Sanitation, dispensaries and jails vaccination Rajputana 1922-1927 - 1922-1927
Year: 1922
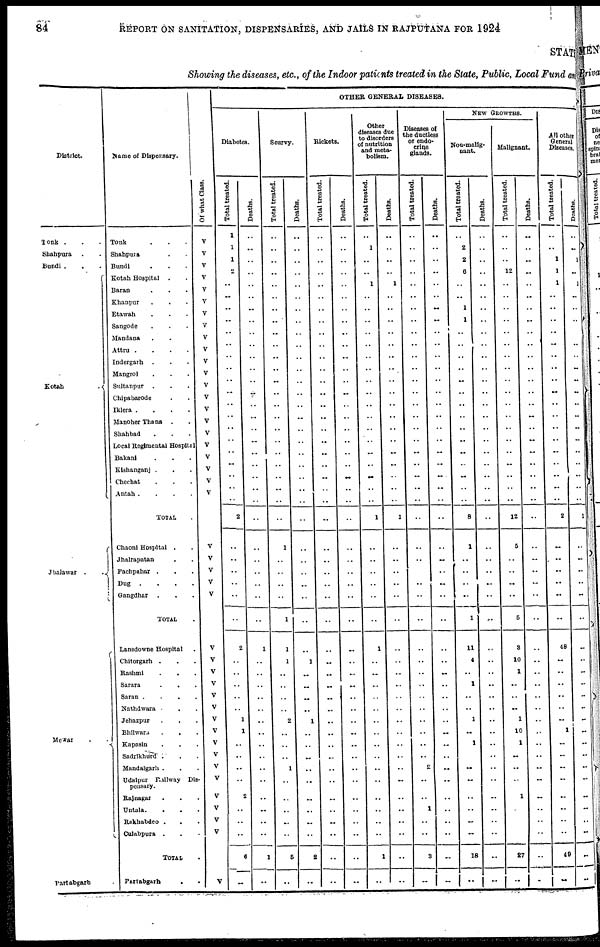
84
REPORT ON SANITATION, DISPENSARIES, AND JAILS IN RAJPUTANA FOR 1924
STATE
Showing the diseases, etc., of the Indoor patients treated in the State, Public, Local Fund and
District.
Tonk ...
Shahpura ..
Bundi ...
Kotah
.
Jhalawar
..
Mewar
..
Partabgarh .
Name of Dispensary.
Tonk ...
Shahpura ...
Bundi ...
Kotah Hospital ...
Baran ...
Khanpur ...
Etawah ...
Sangode ...
Mandana ...
Attru
.
.
.
.
Indergarh ...
Mangrol ...
Sultanpur ...
Chipabarode ...
Iklera
.
.
.
.
Manoher Thana ...
Shahbad ...
Local Regimental Hospital
Bakani ...
Kishanganj ...
Chechat ...
Antah
.
.
.
.
TOTAL.
Chaoni Hospital ...
Jhalrapatan ...
Pachpahar ...
Dug
.
.
.
.
Gangdhar ...
TOTAL .
Lansdowne Hospital ..
Chitorgarh ...
Rashmi ...
Sarara
...
Saran
.
.
.
.
Nathdwara ...
Jehazpur
..
Bhilwara
...
Kapasin ...
Sadrikhurd...
Mandalgarh ...
Udaipur Rallway Dis-
pensary.
Rajnagar ...
Untala. ...
Rakhabdeo ...
Culabpura ...
TOTAL .
Partabgarh
..
Of what Class.
V
V
V
V
V
V
V
V
V
V
V
V
V
V
V
V
V
V
V
V
V
V
V
V
V
V
V
V
V
V
V
V
V
V
V
V
V
V
V
V
V
V
V
V
OTHER GENERAL DISEASES.
Diabetes.
Total treated.
1
..
1
2
..
..
..
..
..
..
..
..
..
..
..
..
..
..
..
..
..
..
2
..
..
..
..
..
..
2
..
..
..
..
..
1
1
..
..
..
..
2
..
..
..
6
..
Deaths.
..
..
..
..
..
..
..
..
..
..
..
..
..
..
..
...
..
..
..
..
..
..
..
..
..
..
..
..
..
1
..
..
..
..
..
..
..
..
..
..
..
..
..
..
..
1
..
Scurvy.
Total treated.
..
..
..
..
..
..
..
..
..
..
..
..
..
..
..
..
..
..
..
..
..
..
..
1
..
..
..
..
1
1
1
..
..
..
..
2
..
..
..
1
..
..
..
..
..
5
..
Deaths.
..
..
..
..
..
..
..
..
..
..
..
..
..
..
..
..
..
..
..
..
..
..
..
..
..
..
..
..
..
..
1
..
..
..
..
1
..
..
..
..
..
..
..
..
..
2
..
Rickets.
Total treated.
..
..
..
..
..
..
..
..
..
..
..
..
..
..
..
..
..
..
..
..
..
..
..
..
..
..
..
..
..
..
..
..
..
..
..
..
..
..
..
..
..
..
..
..
..
..
..
Deaths.
..
..
..
..
..
..
..
..
..
..
..
..
..
..
..
..
..
..
..
..
..
..
..
..
..
..
..
..
..
..
..
..
..
..
..
..
..
..
..
..
..
..
..
..
..
..
..
Other
diseases due
to disorders
of nutrition
and meta-
bolism.
Total treated.
..
1
..
..
1
..
..
..
..
..
..
..
..
..
..
..
..
..
..
..
..
..
1
..
..
..
..
..
..
1
..
..
..
..
..
..
..
..
..
..
..
..
..
..
..
1
..
Deaths.
..
..
..
..
1
..
..
..
..
..
..
..
..
..
..
..
..
..
..
..
..
..
1
..
..
..
..
..
..
..
..
..
..
..
..
..
..
..
..
..
..
..
..
..
..
..
..
Diseases of
the ductless
or endo-
crine
glands.
Total treated.
..
..
..
..
..
..
..
..
..
..
..
..
..
..
..
..
..
..
..
..
..
..
..
..
..
..
..
..
..
..
..
..
..
..
..
..
..
..
..
..
..
..
1
..
..
3
..
Deaths.
..
..
..
..
..
..
..
..
..
..
..
..
..
..
..
..
..
..
..
..
..
..
..
..
..
..
..
..
..
..
..
..
..
..
..
..
..
..
..
..
..
..
..
..
..
..
..
NEW GROWTHS.
Non-malig-
nant.
Total treated.
..
2
2
6
..
..
1
1
..
..
..
..
..
..
..
..
..
..
..
..
..
..
8
1
..
..
..
..
1
11
4
..
1
..
..
1
..
1
..
..
..
..
..
..
..
18
..
Deaths.
..
..
..
..
..
..
..
..
..
..
..
..
..
..
..
..
..
..
..
..
..
..
..
..
..
..
..
..
..
..
..
..
..
..
..
..
..
..
..
..
..
..
..
..
..
..
..
Malignant.
Total treated.
..
..
..
12
..
..
..
..
..
..
..
..
..
..
..
..
..
..
..
..
..
..
12
6
..
..
..
..
5
3
10
1
..
..
..
1
10
1
..
..
..
1
..
..
..
27
..
Deaths.
..
..
..
..
..
..
..
..
..
..
..
..
..
..
..
..
..
..
..
..
..
..
..
..
..
..
..
..
..
..
..
..
..
..
..
..
..
..
..
..
..
..
..
..
..
..
..
All other
General
Diseases.
Total treated.
..
..
1
1
1
..
..
..
..
..
..
..
..
..
..
..
..
..
..
..
..
..
2
..
..
..
..
..
..
48
..
..
..
..
..
..
1
..
..
..
..
..
..
..
..
49
..
Deaths.
..
..
1
..
1
..
..
..
..
..
..
..
..
..
..
..
..
..
..
..
..
..
1
..
..
..
..
..
..
..
..
..
..
..
..
..
..
..
..
..
..
..
..
..
..
..
..